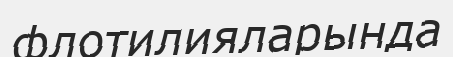
флотилияларында